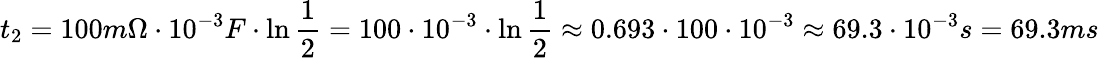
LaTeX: t_{2}=100m\Omega\cdot 10^{-3}F\cdot\ln\frac{1}{2}=100\cdot 10^{-3}\cdot\ln\frac{1}{2}\approx 0.693\cdot 100\cdot 10^{-3}\approx 69.3\cdot 10^{-3}s=69.3ms